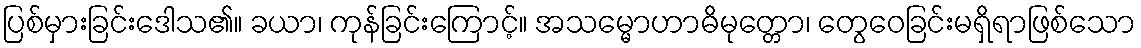
ပြစ်မှားခြင်းဒေါသ၏။ ခယာ၊ ကုန်ခြင်းကြောင့်။ အသမ္မောဟာဓိမုတ္တော၊ တွေဝေခြင်းမရှိရာဖြစ်သော